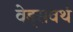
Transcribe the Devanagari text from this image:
वेड्सवर्थ